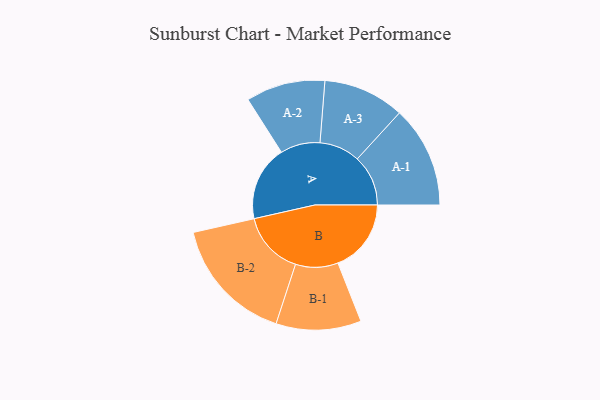
{"axis": {"x": "Segment", "y": "Value"}, "legend": ["", "A", "B"], "data": [{"x": "A", "y": 235, "type": ""}, {"x": "B", "y": 229, "type": ""}, {"x": "A-1", "y": 159, "type": "A"}, {"x": "A-2", "y": 124, "type": "A"}, {"x": "A-3", "y": 127, "type": "A"}, {"x": "B-1", "y": 133, "type": "B"}, {"x": "B-2", "y": 198, "type": "B"}]}